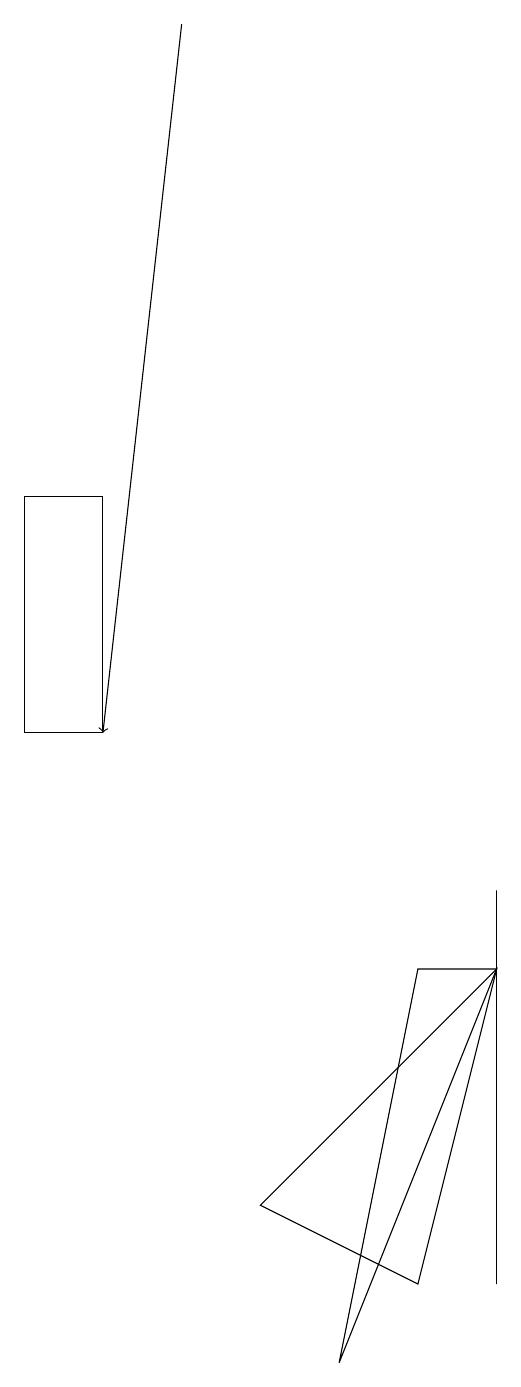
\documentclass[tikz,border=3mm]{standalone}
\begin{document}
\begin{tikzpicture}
\draw (3,4) -- (6,7) -- (5,3) -- cycle;
\draw[->] (2,19) -- (1,10);
\draw (4,2) -- (6,7) -- (5,7) -- cycle;
\draw (6,8) -- (6,7) -- (6,3) -- cycle;
\draw (0,10) rectangle (1,13);
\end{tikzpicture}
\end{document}